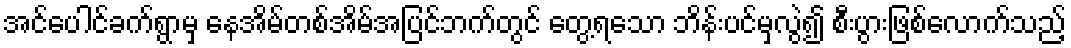
အင်ပေါင်ခက်ရွာမှ နေအိမ်တစ်အိမ်အပြင်ဘက်တွင် တွေ့ရသော ဘိန်းပင်မှလွဲ၍ စီးပွားဖြစ်လောက်သည့်